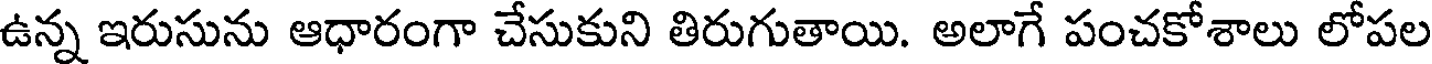
ఉన్న ఇరుసును ఆధారంగా చేసుకుని తిరుగుతాయి. అలాగే పంచకోశాలు లోపల